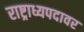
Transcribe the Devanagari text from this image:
राष्ट्राध्यपदावर